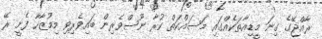
ރާއްޖޭގެ ގިނަ މީޑިއާތަކެއްގައި މަސައްކަތް ކުރާ ނޫސްވެރިން ބައިވެރިވި މިމުޒާހާ ފެށީ ރޭ